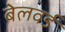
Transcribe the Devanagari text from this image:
बेलवर्ड